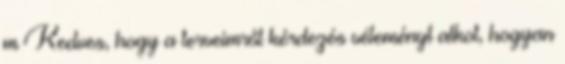
m Kedves, hogy a terveimről kérdezés véleményt alkot, hogyan